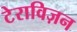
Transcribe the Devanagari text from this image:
टेराविज़न